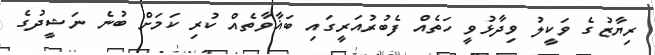
ރިޔާޒުގެ ވަކީލު ވިދާޅުވީ ހަތެއް ފެބުރުއަރީގައި ބަޣާވާތެއް ކުރި ކަމަށް ބުނެ ނަޝީދުގެ